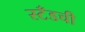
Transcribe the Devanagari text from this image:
स्टँडची